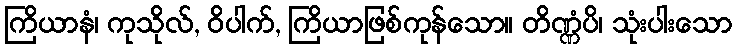
ကြိယာနံ၊ ကုသိုလ်, ဝိပါက်, ကြိယာဖြစ်ကုန်သော။ တိဏ္ဏံပိ၊ သုံးပါးသော